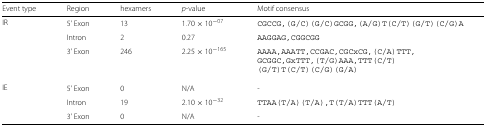
| Event type | Region | hexamers | p-value | Motif consensus |
 | --- | --- | --- | --- | --- |
 | IR | 5’ Exon | 13 | 1.70×10−07 | CGCCG,(G/C)(G/C)GCGG,(A/G)T(C/T)(G/T)(C/G)A |
 |  | Intron | 2 | 0.27 | AAGGAG,CGGCGG |
 |  | 3’ Exon | 246 | 2.25×10−165 | AAAA,AAATT,CCGAC,CGCxCG,(C/A)TTT,GCGGC,GxTTT,(T/G)AAA,TTT(C/T)(G/T)T(C/T)(C/G)(G/A) |
 | IE | 5’ Exon | 0 | N/A | - |
 |  | Intron | 19 | 2.10×10−32 | TTAA(T/A)(T/A),T(T/A)TTT(A/T) |
 |  | 3’ Exon | 0 | N/A | - |